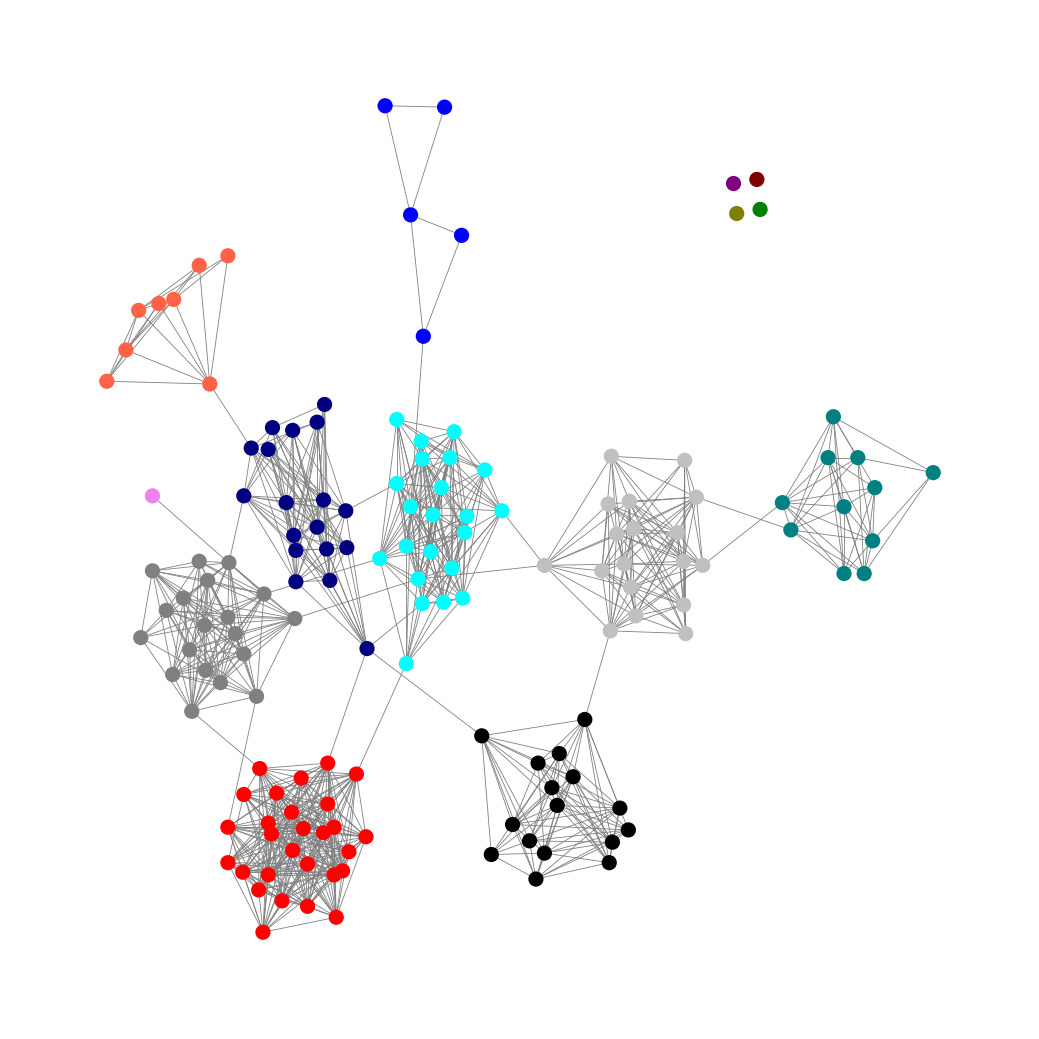
Graph connected: No
Number of connected components: 5
Number of singletons: 4
Total number of nodes: 150
Total number of edges: 923
Number of communities: 14
Community sizes:
Aqua: 22
Black: 16
Blue: 5
Gray: 19
Green: 1
Maroon: 1
Navy: 18
Olive: 1
Purple: 1
Red: 28
Silver: 18
Teal: 11
Tomato: 8
Violet: 1
Graph layout: tda
Graph generation method: erdos_renyi